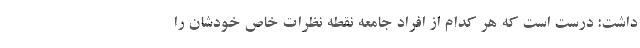
داشت: درست است که هر کدام از افراد جامعه نقطه نظرات خاص خودشان را